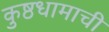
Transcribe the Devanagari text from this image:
कुष्ठधामाची